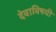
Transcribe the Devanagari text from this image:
देवाविषयी